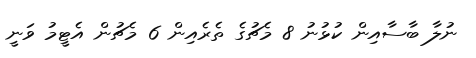
ނުލާ ބާސާއިން ކުޅުނު 8 މެޗުގެ ތެރެއިން 6 މެޗުން އެޓީމު ވަނީ